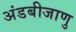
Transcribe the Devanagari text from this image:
अंडबीजाणु